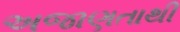
અજાણતાથી